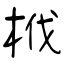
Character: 栰